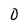
Character: 0